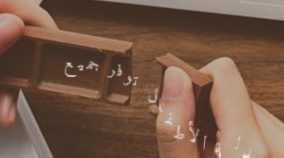
صيدلية الأطفال توفر جميع